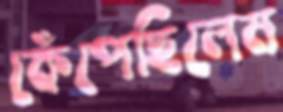
কেঁপেছিলেম